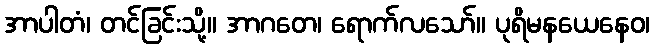
အာပါတံ၊ တင်ခြင်းသို့။ အာဂတေ၊ ရောက်လသော်။ ပုရိမနယေနေဝ၊